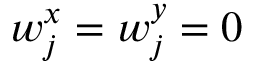
w _ { j } ^ { x } = w _ { j } ^ { y } = 0